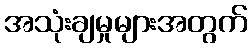
အသုံးချမှုများအတွက်